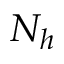
N _ { h }